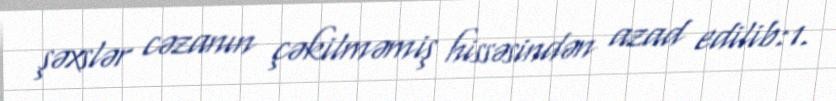
şəxslər cəzanın çəkilməmiş hissəsindən azad edilib:1.